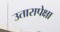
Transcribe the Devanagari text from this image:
उतारापेक्षा